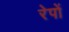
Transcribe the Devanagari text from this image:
रेपों